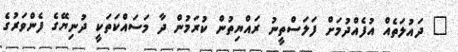
" ދައުލަތެއް އުފެއްދުމަށް ފަލަސްތީނު ރައްޔިތުން ކުރަމުން ދާ މަސައްކަތަކީ ދުނިޔޭގެ ފެންވަރުގެ